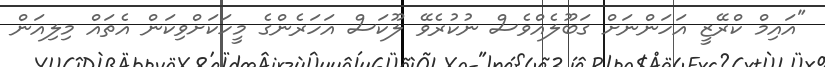
"އައިމް ކްރޭޒީ އަހަންނަށް ގަބޫލެއްވެސް ނުކުރެވޭ ލޫކަސް އަހަރެންގެ މީހަކަށްވިކަން އެތައް މިލިއަން